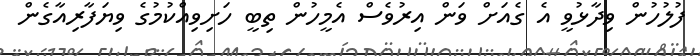
ފުލުހުން ވިދާޅުވީ އެ ގެއަށް ވަން އިރުވެސް އެމީހުން ތިބީ ހަށިވިއްކުމުގެ ވިޔަފާރިއާގެން